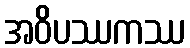
အဝိပဿကဿ